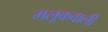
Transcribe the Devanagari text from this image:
मलूकवाली